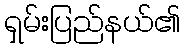
ရှမ်းပြည်နယ်၏